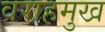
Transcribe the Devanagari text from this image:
वराहमुख